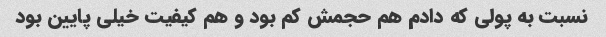
نسبت به پولی که دادم هم حجمش کم بود و هم کیفیت خیلی پایین بود